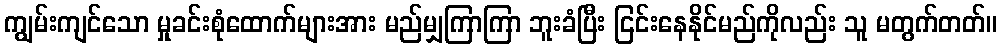
ကျွမ်းကျင်သော မှုခင်းစုံထောက်များအား မည်မျှကြာကြာ ဘူးခံပြီး ငြင်းနေနိုင်မည်ကိုလည်း သူ မတွက်တတ်။